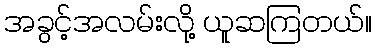
အခွင့်အလမ်းလို့ ယူဆကြတယ်။